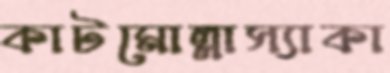
কাটমোল্লাস্যাকা